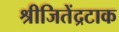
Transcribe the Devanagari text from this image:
श्रीजितेंद्रटाक